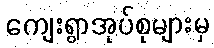
ကျေးရွာအုပ်စုများမှ